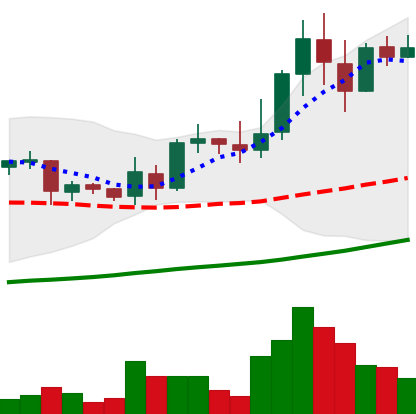
Ticker: LINK-USD
Chart end date: 2019-04-07
Forward return: -14.168%
Label: down_7plus